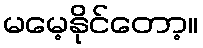
မမေ့နိုင်တော့။